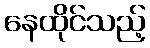
နေထိုင်သည့်